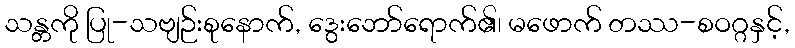
သန္တကို ပြု-သဗျဉ်းစုနောက်, ဒွေးဘော်ရောက်၏၊ မဖောက် တဿ-စဝဂ္ဂနှင့်,